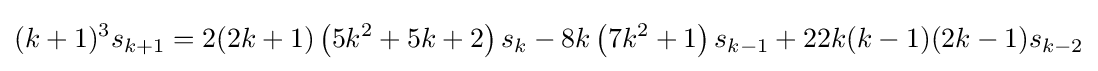
(k+1)^{3}s_{k+1}=2(2k+1)\left(5k^{2}+5k+2\right)s_{k}-8k\left(7k^{2}+1\right)s_{k-1}+22k(k-1)(2k-1)s_{k-2}